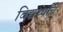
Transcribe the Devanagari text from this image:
विद्यर्थ्यांचे